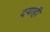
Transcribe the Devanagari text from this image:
दयाही